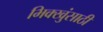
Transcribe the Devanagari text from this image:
भिक्खुंसाठी